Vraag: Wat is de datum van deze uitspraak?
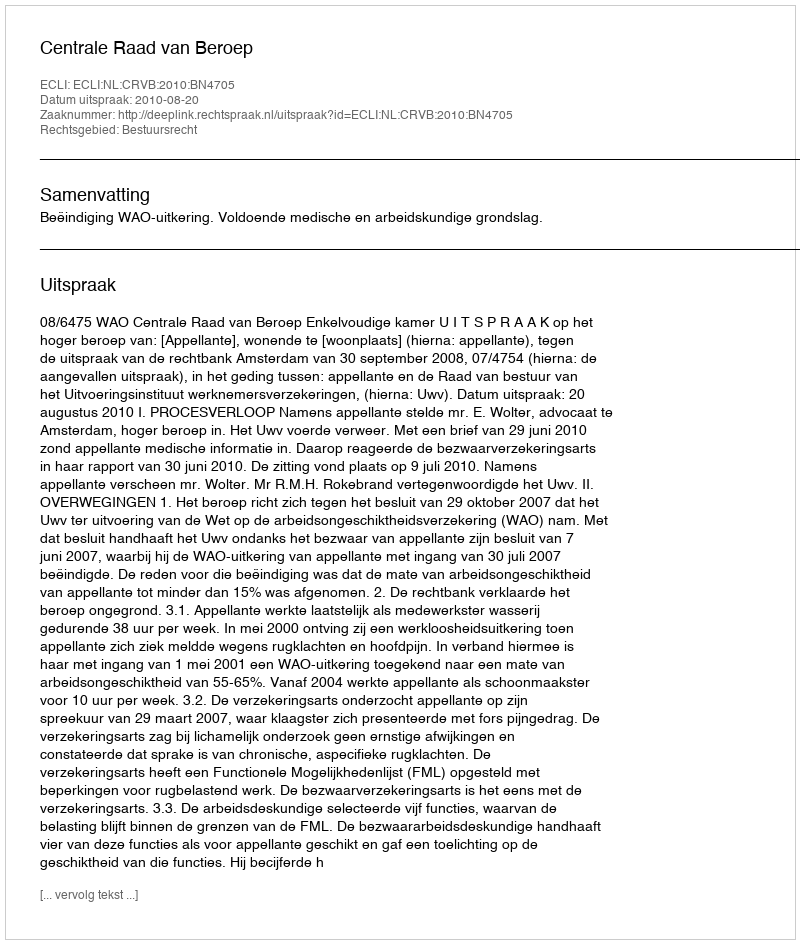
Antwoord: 2010-08-20